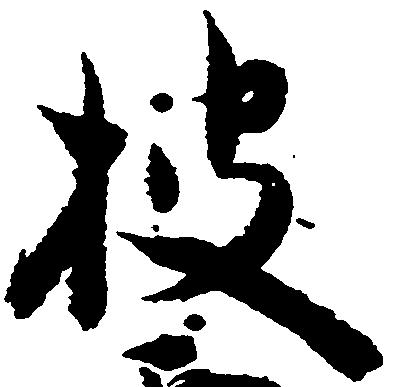
披